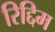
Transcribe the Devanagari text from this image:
रिद्दिम